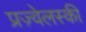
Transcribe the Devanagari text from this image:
प्रज़्वेलस्की